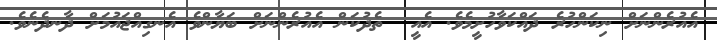
އެއުރެންނަށް ނިކަންހުރެ ދައްކަވާހުށީމެވެ. އެއީ  ތެދުކަން އެއުރެންނަށް ބަޔާންވެ އެނގިއްޖައުމަށް ދާނދެނެވެ.